Report of the Hyderabad Chloroform Commission
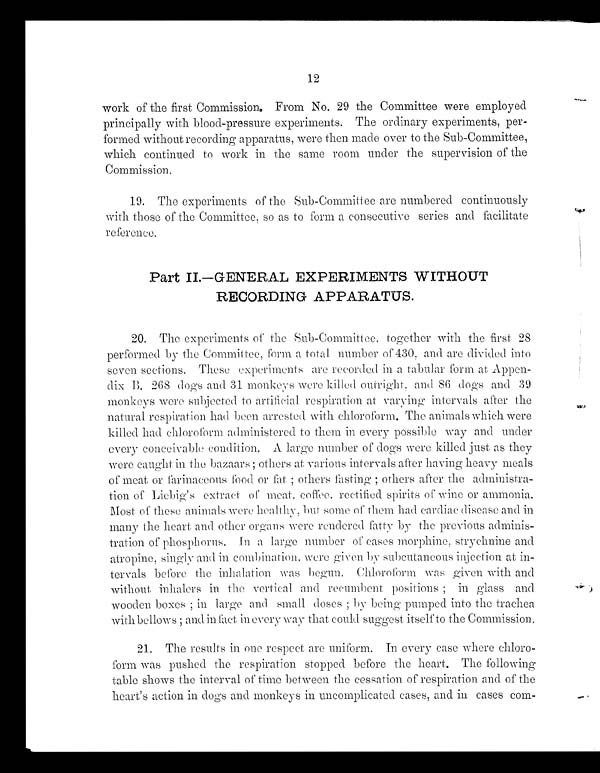
12
work of the first Commission. From No. 29 the Committee were employed
principally with blood-pressure experiments. The ordinary experiments, per-
formed without recording apparatus, were then made over to the Sub-Committee,
which continued to work in the same room under the supervision of the
Commission.
19. The experiments of the Sub-Committee are numbered continuously
with those of the Committee, so as to form a consecutive series and facilitate
reference.
Part II.--GENERAL EXPERIMENTS WITHOUT
RECORDING APPARATUS.
20. The experiments of the Sub-Committee, together with the first 28
performed. by the Commit tee, Form a total number of 430, and are divided into
seven. sections. These experiments are recorded in a tabular form at Appen-
dix B. 268 dogs and 31 monkeys were killed outright, and 86 dogs and 39
monkeys were subjected to artificial respiration at varying intervals after the
natural. respiration had been arrested with chloroform. The animals which were
killed had chloroform. administered to them in every possible way and under
every conceivable condition. A large number of dogs were killed just as they
were caught in the bazaars; others at various intervals after having heavy meals
of meat or farinaceous food or fat; others f
asting; others after the administra-
tion of Liebig's extract of meat, coffee. rectified spirits of wine or ammonia.
Most of these animals were healthy, but some of them had cardiac disease and in
many the heart and other organs were rendered fatty by the previous adminis-
tration of phosphorus. In a large number of cases morphine, strychnine and
atropine, singly and in combination, were given by subcutaneous injection at in-
tervals before the inhalation was begun. Chloroform was given with and
without inhalers in the vertical and recumbent positions; in glass and
wooden boxes; in large and small doses; by being pumped into the trachea
with bellows; and in fact in every way that could suggest itself to the Commission,
21. The results in one respect are uniform. In every case where chloro-
form was pushed the respiration stopped before the heart. The following
table shows the interval of time between the cessation of respiration and of the
heart's action in dogs and monkeys in uncomplicated cases, and in cases com-